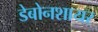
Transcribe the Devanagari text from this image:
डेबोनशायर